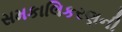
સમકાલિકરણની